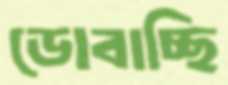
ডোবাচ্ছি